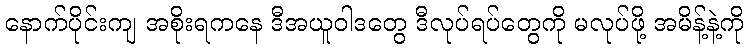
နောက်ပိုင်းကျ အစိုးရကနေ ဒီအယူဝါဒတွေ ဒီလုပ်ရပ်တွေကို မလုပ်ဖို့ အမိန့်နဲ့ကို